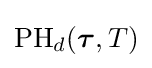
\mathrm {PH} _{d}({\boldsymbol {\tau }},{T})